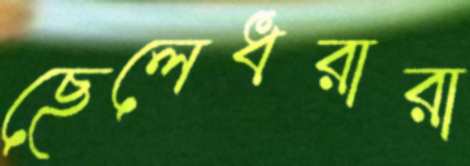
ছেলেধরারা